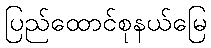
ပြည်ထောင်စုနယ်မြေ